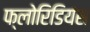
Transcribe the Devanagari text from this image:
फ्लोरिडियंस